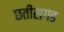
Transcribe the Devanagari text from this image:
छतीसगड